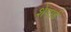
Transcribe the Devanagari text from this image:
शेपार्ड